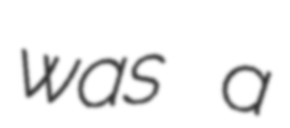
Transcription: was a